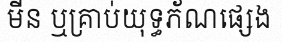
មីន ឬគ្រាប់យុទ្ធភ័ណផ្សេង